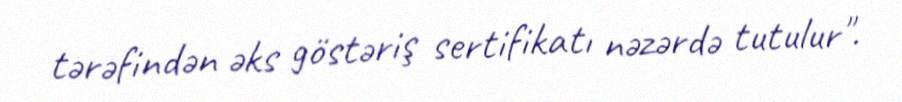
tərəfindən əks göstəriş sertifikatı nəzərdə tutulur".